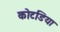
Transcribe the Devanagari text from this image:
कोटडिया